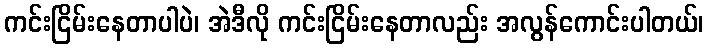
ကင်းငြိမ်းနေတာပါပဲ၊ အဲဒီလို ကင်းငြိမ်းနေတာလည်း အလွန်ကောင်းပါတယ်၊